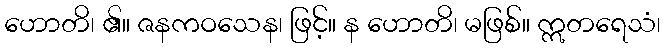
ဟောတိ၊ ၏။ ဇနကဝသေန၊ ဖြင့်။ န ဟောတိ၊ မဖြစ်။ ဣတရေသံ၊